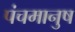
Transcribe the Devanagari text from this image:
पंचमानुष